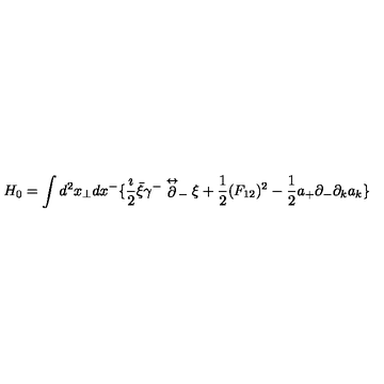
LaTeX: H _ { 0 } = \int d ^ { 2 } x _ { \perp } d x ^ { - } \{ { \frac { \imath } { 2 } } \bar { \xi } \gamma ^ { - } \stackrel { \leftrightarrow } { \partial } _ { - } \xi + { \frac { 1 } { 2 } } ( F _ { 1 2 } ) ^ { 2 } - { \frac { 1 } { 2 } } a _ { + } \partial _ { - } \partial _ { k } a _ { k } \}